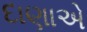
દાણાએ